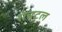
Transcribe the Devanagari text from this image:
शेचटल